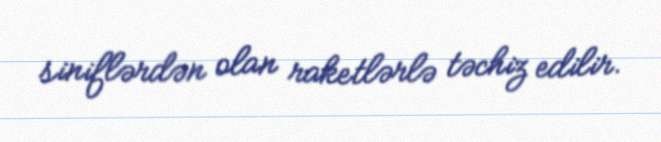
siniflərdən olan raketlərlə təchiz edilir.